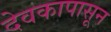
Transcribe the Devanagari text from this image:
देवकापासून